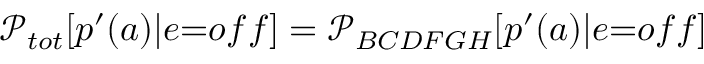
\mathcal { P } _ { { t o t } } [ p ^ { \prime } ( a ) | { e } { = } { o f f } ] = \mathcal { P } _ { B C D F G H } [ p ^ { \prime } ( a ) | { e } { = } { o f f } ]